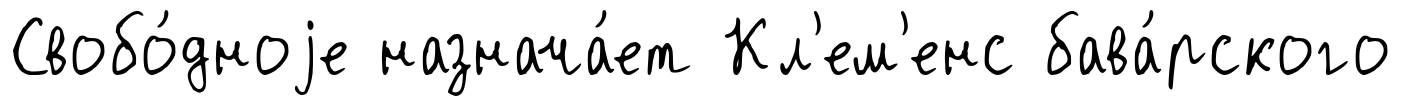
Свобо́дноjе назнача́ет Кл'ем'енс бава́рского